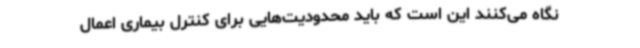
نگاه می‌کنند این است که باید محدودیت‌هایی برای کنترل بیماری اعمال